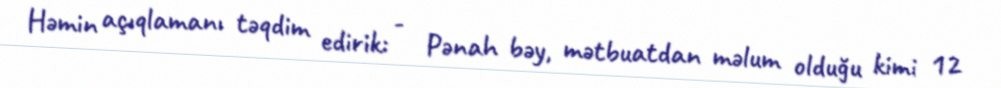
Həmin açıqlamanı təqdim edirik: - Pənah bəy, mətbuatdan məlum olduğu kimi 12